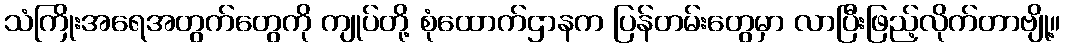
သံကြိုးအရေအတွက်တွေကို ကျုပ်တို့ စုံထောက်ဌာနက ပြန်တမ်းတွေမှာ လာပြီးဖြည့်လိုက်တာဗျို့။